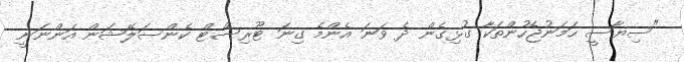
"ސިޔާސީ ހަމަނުޖެހުންތަކާ ގުޅިގެން ދެ ވަނަ އެންމެ ގިނަ ޓޫރިސްޓް ކެންސަލޭޝަން އަންނަނީ